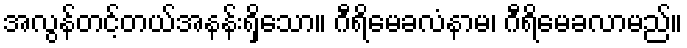
အလွန်တင့်တယ်အနန်းရှိသော။ ဂီရိမေခလံနာမ၊ ဂီရိမေခလာမည်။